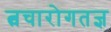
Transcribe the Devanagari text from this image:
त्वचारोगतज्ञ